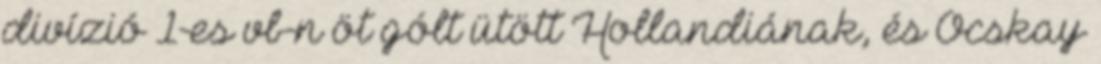
divízió 1-es vb-n öt gólt ütött Hollandiának, és Ocskay